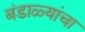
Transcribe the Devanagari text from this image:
बंडाळ्यांचा